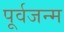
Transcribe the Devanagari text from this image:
पूर्वजन्‍म